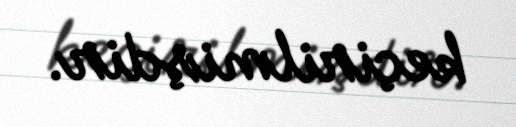
keçirilmişdir.